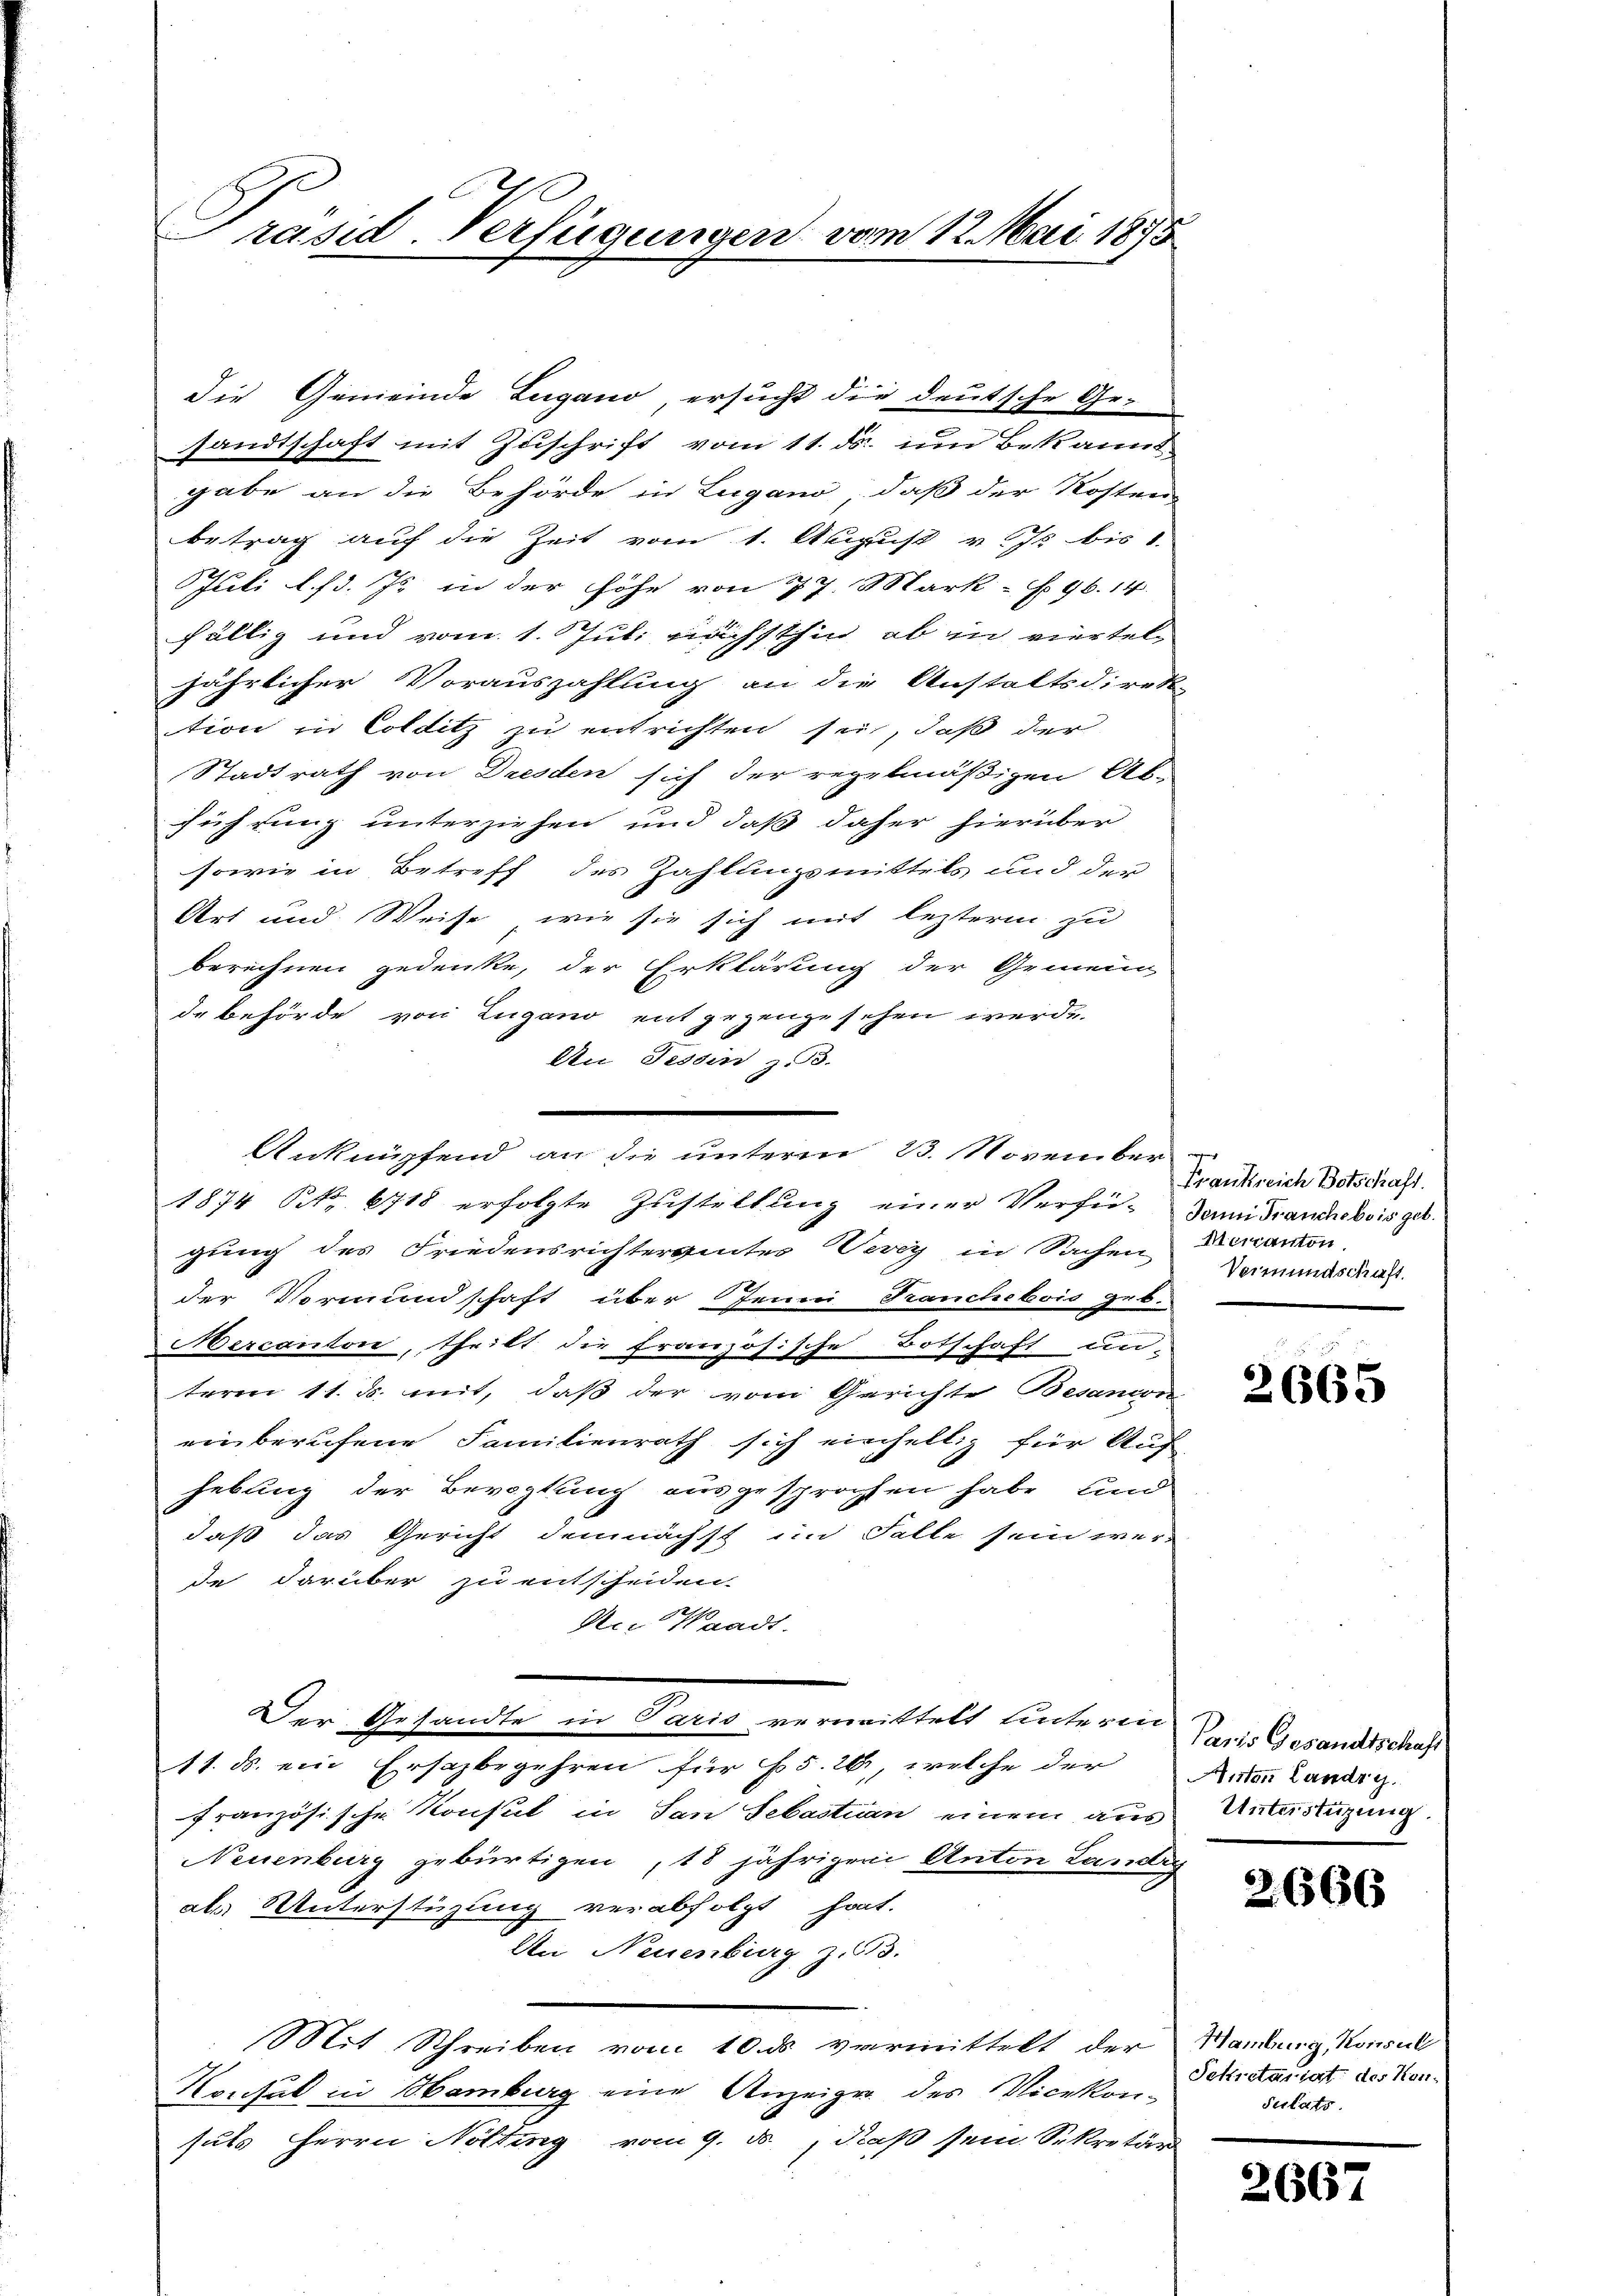
Präsid-Verfügungen vom 12. Mai 1873

die Gemeinde Lugano ersucht die deutsche Ge-
sandtschaft mit Zuschrift vom 11. ds. um Bekannt
gabe an die Behörde in Lugano, daß der Kosten
betrag auf die Zeit vom 1. August v. Js. bis 1
Juli l. 13. Js. in der Höhe von 27. Mark- § 96. 14
fällig und vom 1. Juli nächsthin, ob in vierteljährlicher Vorauszahlung an die Anstaltsdirek-
tion in Colditz zu entrichten sei, daß der
Stadtrath von Dresden sich der regelmäßigen Ab-
führung unterziehen und daß daher hierüber
sowie in Betreff des Zahlungsmittels und der
Art und Weise, wie sie sich mit lezterm zu
berechnen gedenke, der Erklärung der Gemein
de Behörde von Lugano entgegengesehen werde.
An Tessin z. 3.
1874 Nr. 6718 erfolgte Zustellung einer Verfü-Jamidiandobois geb.
gung des Friedensrichtergutes Vevey in Sachen
der Vormundschaft über Jenni Franchebois geb.
Mercanton, theilt die französische Botschaft un-
term 11. ds. mit, daß der vom Gerichte Besanon
einberufene Familienrath sich einhellig für Auf
hebung der Bevogtung ausgesprochen habe, und
daß das Gericht demnächst im Falle sein wer-
de darüber zu entscheiden.
An Waadt.
Der Gesandte in Paris vermittelt unterin
11. ds. ein Ersazbegehren für 5. 20, welche der
französische Konsul in San Sebastian einem aus
Neuenburg gebürtigen, 18 jährigen Anton Landi
als Unterstüzung verabfolgt hat.
An Neuenburg z. 93.
Mit Schreiben vom 10. ds vermittelt der
Konsul in Hamburg eine Anzeiger des Vicekon-
suls Herrn Nölting vom 9. ds., daß sein Sekretär

Anknüpfend an die unterm 23. November

e
Frankreich Botschaft.
Meranton,
Vermundschaft.

2665

Paris Gesandtschaft
Anton Landig.
Unterstüzung.

2,666

Hamburg, Konsul
Sekretariat des Kon¬
Setats.

2667